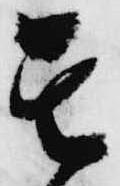
其